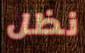
نظل